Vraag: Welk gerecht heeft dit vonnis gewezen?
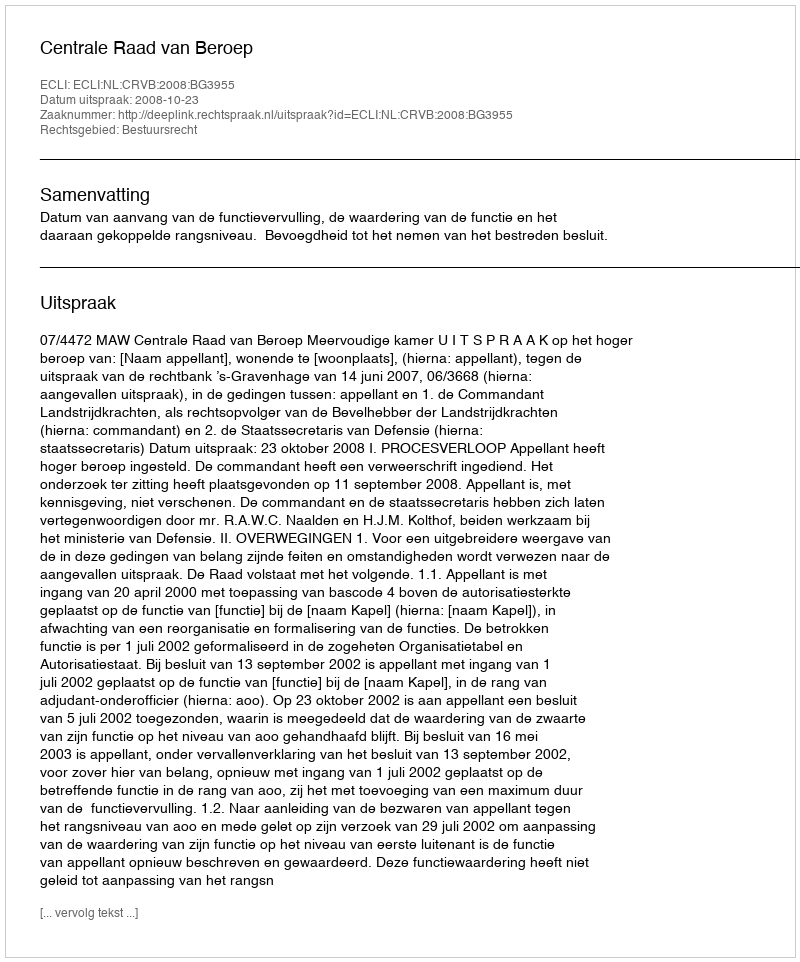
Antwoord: Centrale Raad van Beroep